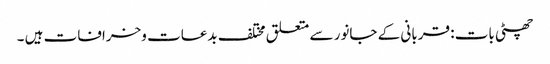
چھٹی بات : قربانی کے جانور سے متعلق مختلف بدعات وخرافات ہیں ۔